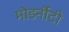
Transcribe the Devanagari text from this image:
मोडर्नीटी